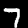
Label: 7